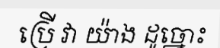
ប្រើ វា យ៉ាង ដូច្នោះ